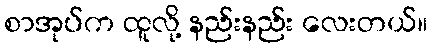
စာအုပ်က ထူလို့ နည်းနည်း လေးတယ်။